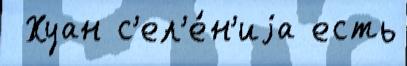
 Хуан с'ел'е́н'иjа есть